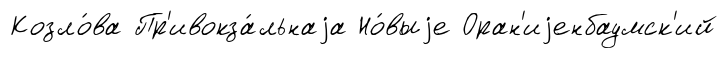
Козло́ва Пр'ивокза́льнаjа Но́выjе Оран'иjенбаумск'ий